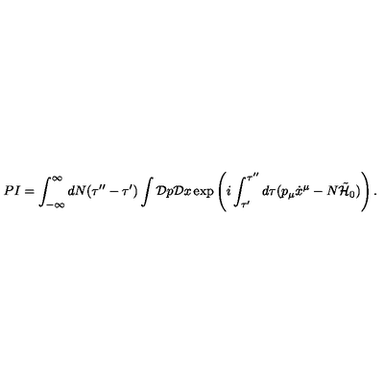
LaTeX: P I = \int _ { - \infty } ^ { \infty } d N ( \tau ^ { \prime \prime } - \tau ^ { \prime } ) \int { \cal D } p { \cal D } x \exp \left( i \int _ { \tau ^ { \prime } } ^ { \tau ^ { \prime \prime } } d \tau ( p _ { \mu } \dot { x } ^ { \mu } - N \tilde { \cal H } _ { 0 } ) \right) .